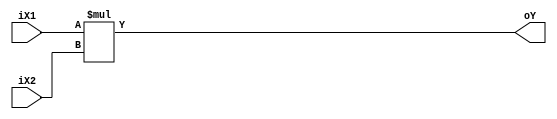
`timescale 1ps/1ps
module SIG(
    iX1,
    iX2,
    oY
);

input signed [3:0] iX1;
input signed [3:0] iX2;
output signed [7:0] oY;

assign oY = iX1*iX2;

endmodule